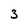
Character: 3